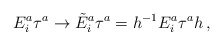
\begin{align*} E_i^a\tau^a\to \tilde{E}_i^a\tau^a=h^{-1} E_i^a\tau^ah\,,\end{align*}